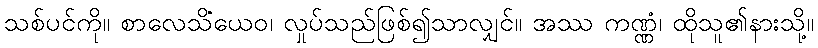
သစ်ပင်ကို။ စာလေသိံယေဝ၊ လှုပ်သည်ဖြစ်၍သာလျှင်။ အဿ ကဏ္ဏံ၊ ထိုသူ၏နားသို့။